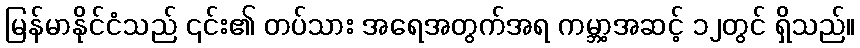
မြန်မာနိုင်ငံသည် ၎င်း၏ တပ်သား အရေအတွက်အရ ကမ္ဘာ့အဆင့် ၁၂တွင် ရှိသည်။